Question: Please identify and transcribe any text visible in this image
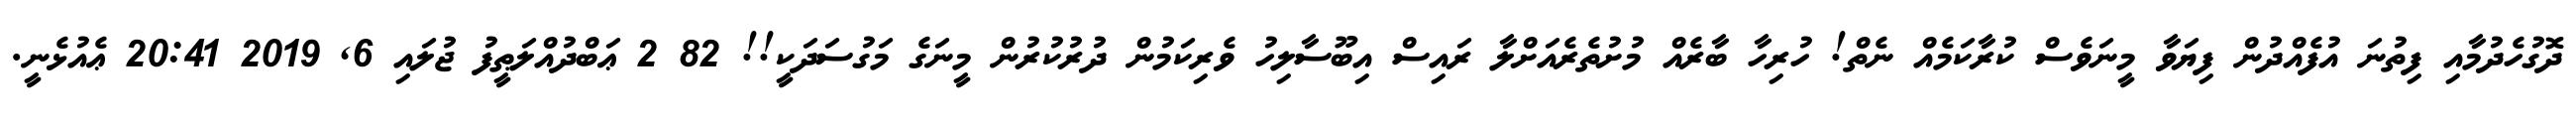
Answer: ދޮގުހެދުމާއި ފިތުނަ އުފެއްދުން ފިޔަވާ މީނަވެސް ކުރާކަމެއް ނެތް! ހުރިހާ ބާރެއް މުށުތެރެއަށްލާ ރައިސް އިބޫސާލިހު ވެރިކަމުން ދުރުކުރުން މީނަގެ މަގުސަދަކީ!! 82 2 ޢަބްދުއްލަޠީފު ޖުލައި 6, 2019 20:41 ޢެއުޅެނީ.